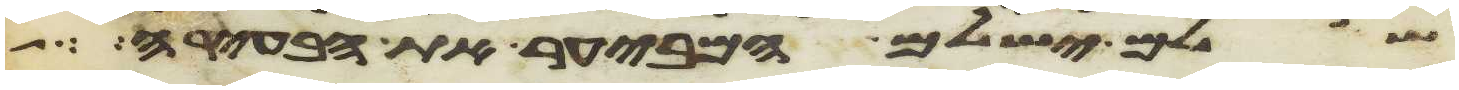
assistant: שלם ישלם המבעיר את הבעירה